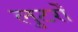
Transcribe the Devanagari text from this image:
लुटर्रों